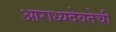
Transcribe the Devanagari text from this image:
आराध्यदेवतेची